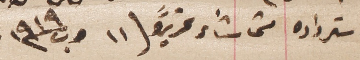
استرداده متى شاء تحريراً ١١ ت١ ١٩١٩